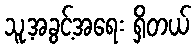
သူ့အခွင့်အရေး ရှိတယ်